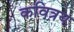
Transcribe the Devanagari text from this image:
कवित्रय